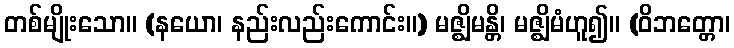
တစ်မျိုးသော။ (နယော၊ နည်းလည်းကောင်း။) မဇ္ဈိမန္တိ၊ မဇ္ဈိမံဟူ၍။ (ဝိဘတ္တော၊